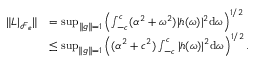
\begin{array} { r l } { \| L | _ { \mathcal { F } _ { e } } \| } & { = \operatorname* { s u p } _ { \| g \| = 1 } \left( \int _ { - c } ^ { c } ( \alpha ^ { 2 } + \omega ^ { 2 } ) | h ( \omega ) | ^ { 2 } \mathrm { d } \omega \right) ^ { 1 / 2 } } \\ & { \le \operatorname* { s u p } _ { \| g \| = 1 } \left( ( \alpha ^ { 2 } + c ^ { 2 } ) \int _ { - c } ^ { c } | h ( \omega ) | ^ { 2 } \mathrm { d } \omega \right) ^ { 1 / 2 } . } \end{array}